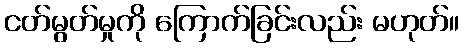
ငတ်မွတ်မှုကို ကြောက်ခြင်းလည်း မဟုတ်။